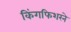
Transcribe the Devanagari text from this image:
किंगफिशरने